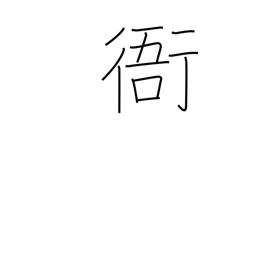
Meaning: government office